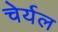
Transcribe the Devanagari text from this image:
चेर्यल